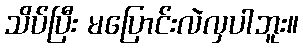
သိပ်ပြီး မပြောင်းလဲလှပါဘူး။